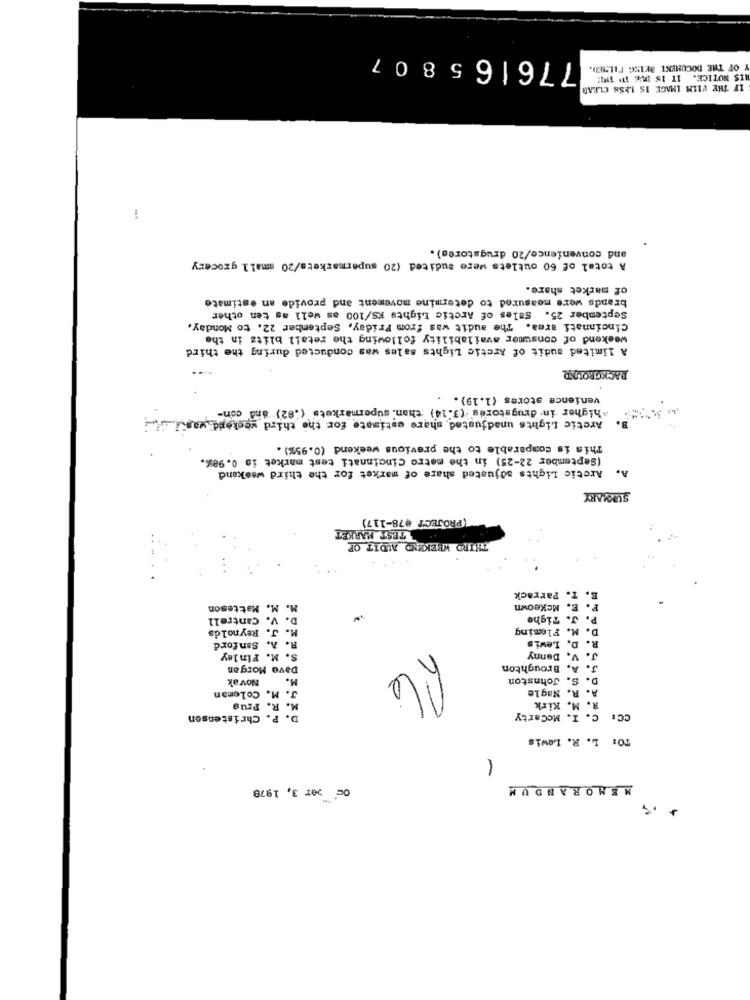
776165807
OF THE DOCUMENT BEING FILSIED.
IS NOTICE. IT IS ILE IP 19:
IF THE FILM IMAGE IS 1856 CLEAR
i
and convenience/20 drugstores).
A total of 60 outlets were audited (20 supermarkets/20 small grocery
of market share.
brands were measured to determine movement and provide an estimate
September 25. Sales of Arctic Lights KS/100 as well as ten other
Cincinnati area. The audit was from Friday, September 22. to Monday.
weekend of consumer availability following the retail blitz in the
A limited audit of Arctic Lights sales was conducted during the third
BACKGROUND
venience stores (1.19).
^higher in drugstores (3.14) than. supermarkets (.82) and con-
Arctic Lights unadjusted share estimate for the third weekend was
This is comparable to the previous weekend (0.95%) .
(September 22-25) in the metro Cincinnati test market is 0.98%.
Arctic Lights adjusted share of market for the third weekend
SUMMARY
(PROJECT #78-117)
TEST MARKET
THIRD WEEKEND AUDIT OF
E. T. Parrack
M. M. Matteson
F. E. Mckeown
D. V. Cantrell
P. J. Tighe
M. J. Reynolds
D. M. Fleming
R. D. Lewis
R. A. Sanford
S. M. Finley
.V.
J. V. Danny
Dave Morgan
J. A. Broughton
M. Novak
D. S. Johnston
A. R. Nagle
M. R.
J. M. Coleman
R. M. Kirk
D. P. Christensen
CC: C. I. Mccarty
TO: L. R. Lewis
1
OG per 3, 1978
MEMORANDUM